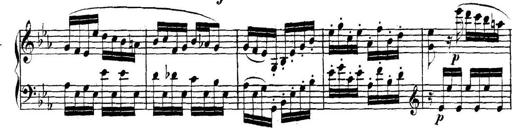
Title: Collected Piano Sonatas
Composer: Muzio Clementi